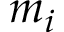
m _ { i }